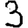
Digit: 3